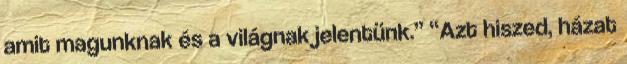
amit magunknak és a világnak jelentünk.” “Azt hiszed, házat